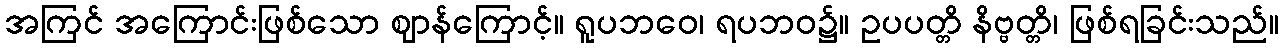
အကြင် အကြောင်းဖြစ်သော ဈာန်ကြောင့်။ ရူပဘဝေ၊ ရပဘဝ၌။ ဥပပတ္တိ နိဗ္ဗတ္တိ၊ ဖြစ်ရခြင်းသည်။